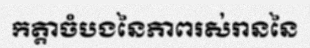
កត្តាចំបងនៃភាពរស់រាននៃ